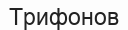
Трифонов